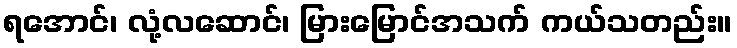
ရအောင်၊ လုံ့လဆောင်၊ မြားမြောင်အသက် ကယ်သတည်း။